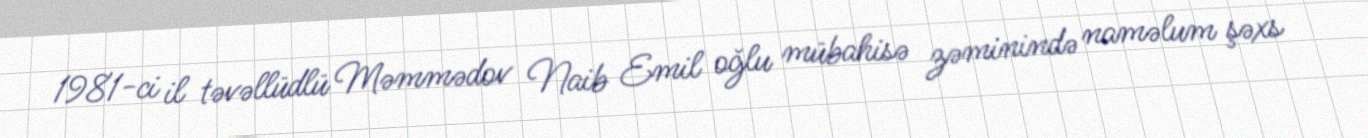
1981-ci il təvəllüdlü Məmmədov Naib Emil oğlu mübahisə zəminində naməlum şəxs